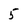
Character: 5